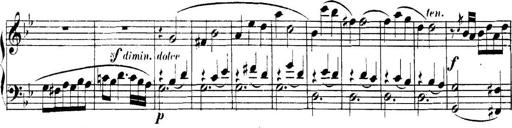
Title: Collected Piano Sonatas
Composer: Muzio Clementi